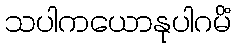
သပါကယောနုပါဂမိံ